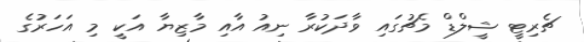
ޗެރިޓީ ޝީލްޑް މެޗުގައި ވާދަކުރާ ނިއު އާއި މާޒިޔާ އަކީ މި އަހަރުގެ